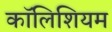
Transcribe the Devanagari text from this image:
कॉलिशियम